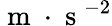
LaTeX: \mathrm{~m~}\cdot\mathrm{~s~}^{-2}